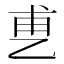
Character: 乶